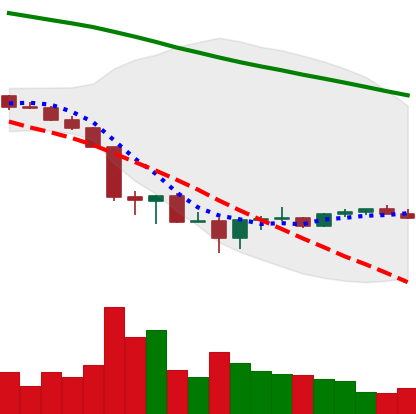
Ticker: BTC-USD
Chart end date: 2022-06-27
Forward return: -7.201%
Label: down_7plus